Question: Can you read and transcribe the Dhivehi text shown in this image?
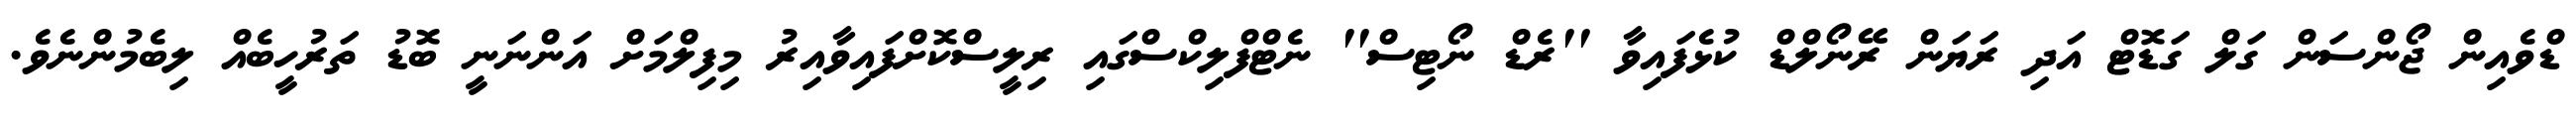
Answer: ޑްވެއިން ޖޯންސަން ގަލް ގަޑޮޓް އަދި ރަޔަން ރޭނޯލްޑް ކުޅެފައިވާ ''ރެޑް ނޯޓިސް'' ނެޓްފްލިކްސްގައި ރިލީސްކޮށްފައިވާއިރު މިފިލްމަށް އަންނަނީ ބޮޑު ތަރުހީބެއް ލިބެމުންނެވެ.